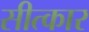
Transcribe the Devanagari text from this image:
सीत्कार